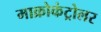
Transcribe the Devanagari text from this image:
माक्रोकंट्रोलर